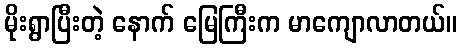
မိုးရွာပြီးတဲ့ နောက် မြေကြီးက မာကျောလာတယ်။